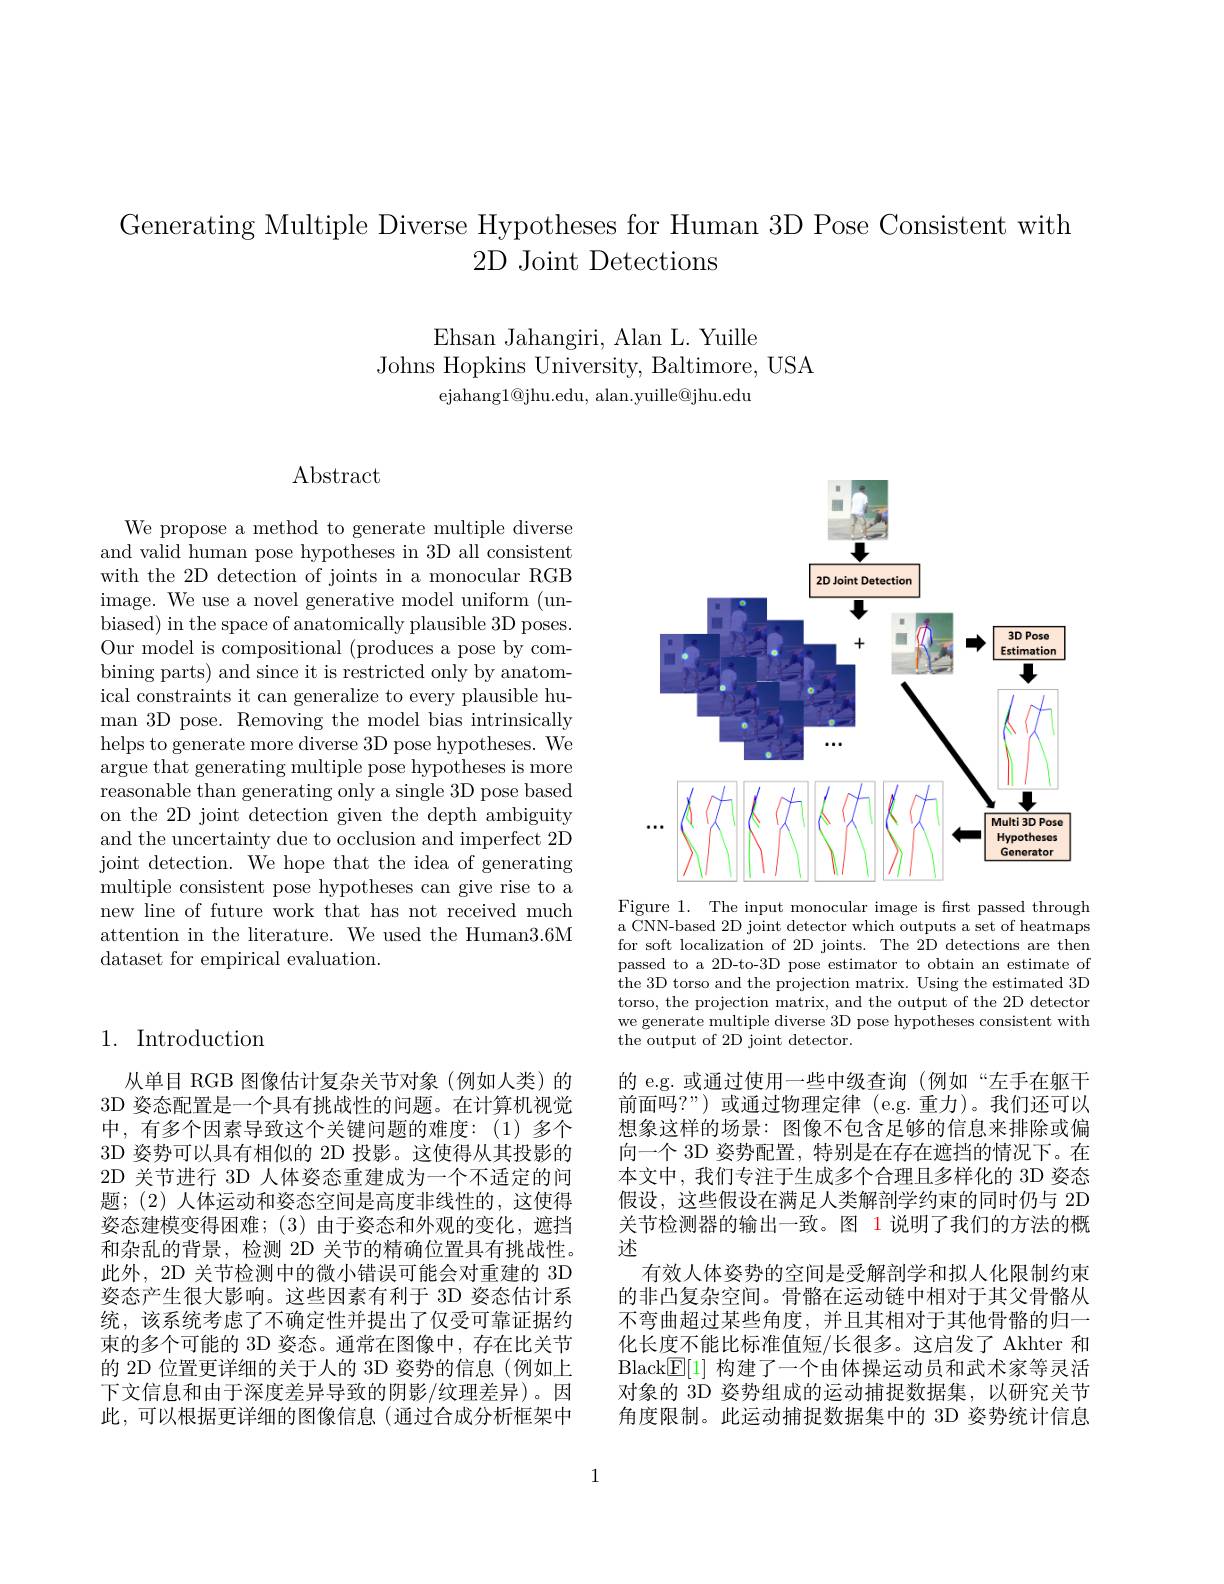
Generating Multiple Diverse Hypotheses for Human 3D Pose Consistent with
2D Joint Detections

Ehsan Jahangiri, Alan L. Yuille
Johns Hopkins University, Baltimore, USA
ejahang$1@$jhu.edu, alan.yuille@jhu.edu

## $\operatorname{Abstract}$

We propose a method to generate multiple diverse and valid human pose hypotheses in 3D all consistent with the 2D detection of joints in a monocular RGB image. We use a novel generative model uniform (unbiased) in the space of anatomically plausible 3D poses. Our model is compositional (produces a pose by combining parts) and since it is restricted only by anatomical constraints it can generalize to every plausible human 3D pose. Removing the model bias intrinsically helps to generate more diverse 3D pose hypotheses. We $\bar{\text{argue that generating multiple pose hypotheses is more}}$ reasonable than generating only a single 3D pose based on the 2D joint detection given the depth ambiguity and the uncertainty due to occlusion and imperfect 2D joint detection. We hope that the idea of generating multiple consistent pose hypotheses can give rise to a new line of future work that has not received much attention in the literature. We used the Human3.6M dataset for empirical evaluation.

## 1. Introduction

从单目 RGB 图像估计复杂关节对象(例如人类)的3D 姿态配置是一个具有挑战性的问题。在计算机视觉中，有多个因素导致这个关键问题的难度：(1)多个3D 姿势可以具有相似的 2D 投影。这使得从其投影的2D 关节进行 3D 人体姿态重建成为一个不适定的问题；(2) 人体运动和姿态空间是高度非线性的，这使得姿态建模变得困难；(3)由于姿态和外观的变化，遮挡和杂乱的背景，检测 2D 关节的精确位置具有挑战性。此外，2D 关节检测中的微小错误可能会对重建的 3D 姿态产生很大影响。这些因素有利于 3D 姿态估计系统，该系统考虑了不确定性并提出了仅受可靠证据约束的多个可能的 3D 姿态。通常在图像中，存在比关节的 2D 位置更详细的关于人的 3D 姿势的信息(例如上下文信息和由于深度差异导致的阴影/纹理差异)。因此，可以根据更详细的图像信息(通过合成分析框架中

<FigureHere>
Figure 1. The input monocular image is first passed through

a CNN-based 2D joint detector which outputs a set of heatmaps for soft localization of 2D joints. The 2D detections are then passed to a 2D-to-3D pose estimator to obtain an estimate of the 3D torso and the projection matrix. Using the estimated 3D torso, the projection matrix, and the output of the 2D detector we generate multiple diverse 3D pose hypotheses consistent with the output of 2D joint detector.

的 e.g. 或通过使用一些中级查询 (例如“左手在躯干前面吗？”)或通过物理定律(e.g.重力)。我们还可以想象这样的场景：图像不包含足够的信息来排除或偏向一个 3D 姿势配置，特别是在存在遮挡的情况下。在本文中，我们专注于生成多个合理且多样化的 3D 姿态假设，这些假设在满足人类解剖学约束的同时仍与 2D 关节检测器的输出一致。图 1 说明了我们的方法的概述
有效人体姿势的空间是受解剖学和拟人化限制约束的非凸复杂空间。骨骼在运动链中相对于其父骨骼从不弯曲超过某些角度，并且其相对于其他骨骼的归一化长度不能比标准值短/长很多。这启发了 Akhter 和Black$\boxed{\mathbb{F}}[1]$构建了一个由体操运动员和武术家等灵活对象的 3D 姿势组成的运动捕捉数据集，以研究关节角度限制。此运动捕捉数据集中的 3D 姿势统计信息

1